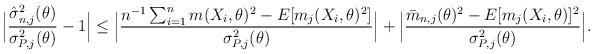
LaTeX: \begin{align*}\Big|\frac{\hat\sigma^2_{n,j}(\theta)}{\sigma^2_{P,j}(\theta)}-1\Big|\le \Big|\frac{n^{-1}\sum_{i=1}^n m(X_i,\theta)^2-E[m_j(X_i,\theta)^2]}{\sigma^2_{P,j}(\theta)}\Big|+\Big|\frac{\bar m_{n,j}(\theta)^2-E[m_j(X_i,\theta)]^2}{\sigma^2_{P,j}(\theta)}\Big|.\end{align*}